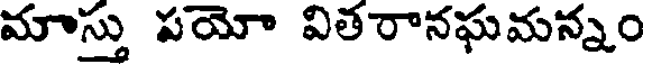
మాస్తు పయో వితరానఘమన్నం